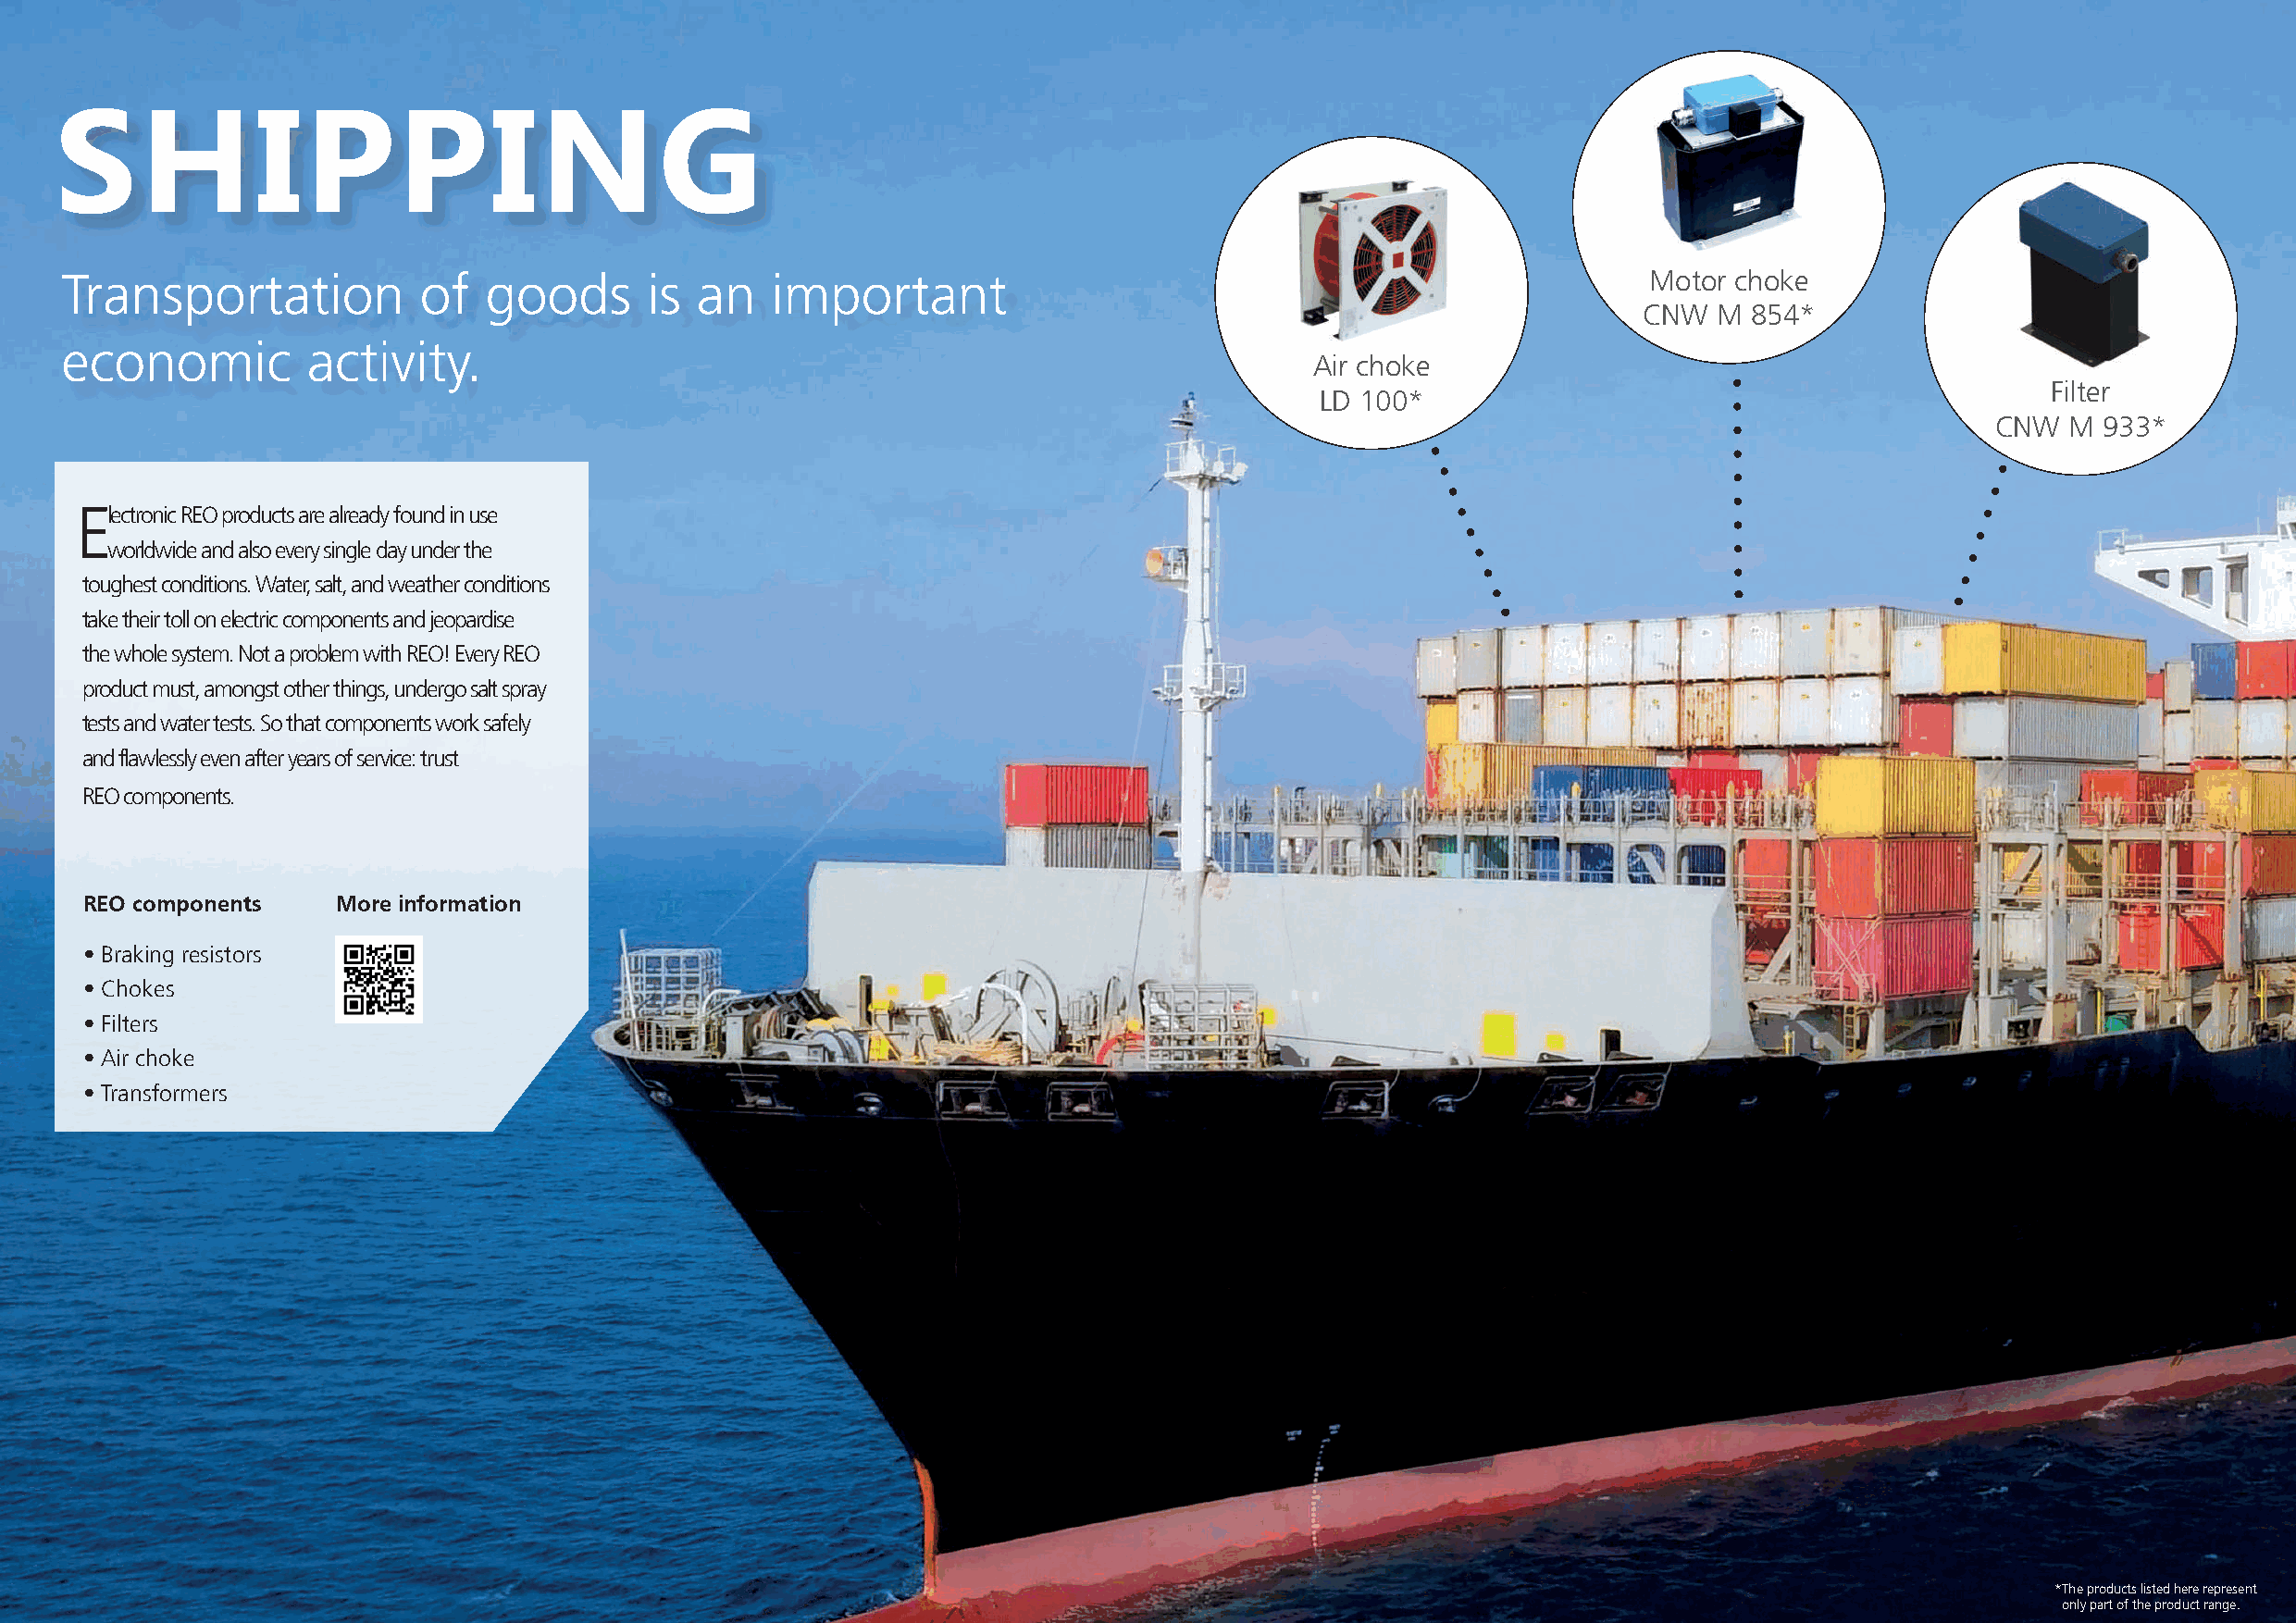
SHIPPING
 Transportation            of   goods      is  an   important                                                      Motor choke
 CNW  M 854*
 economic          activity.
 Air choke
 Filter
 LD 100*
 CNW  M 933*
 Electronic REO products are already found in use
 worldwide and also every single day under the
 toughest conditions. Water, salt, and weather conditions
 take their toll on electric components and jeopardise
 the whole system. Not a problem with REO! Every REO
 product must, amongst other things, undergo salt spray
 tests and water tests. So that components work safely
 and flawlessly even after years of service: trust
 REO components.
 REO components    More information
 • Braking resistors
 • Chokes
 • Filters
 • Air choke
 • Transformers
 * The products listed here represent
 only part of the product range.